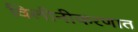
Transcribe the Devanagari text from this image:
विलीनीकरणात